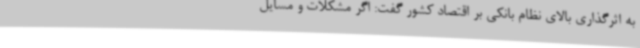
به اثرگذاری بالای نظام بانکی بر اقتصاد کشور گفت: اگر مشکلات و مسایل